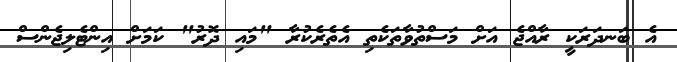
އެ ބަނދަރަކީ ރާއްޖެ އަށް މަސްތުވާތަކެތި އެތެރެކުރާ "މައި ދޮރު" ކަމަށް އިންޓެލިޖެންސް